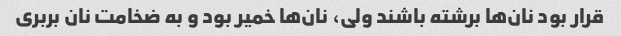
قرار بود نان‌ها برشته باشند ولی، نان‌ها خمیر بود و به ضخامت نان بربری